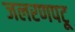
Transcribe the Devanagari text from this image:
जलरणपटू